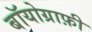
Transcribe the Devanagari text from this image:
बॉयोग्राफ़ी